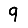
Digit: 9